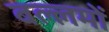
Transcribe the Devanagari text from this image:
बल्लमों